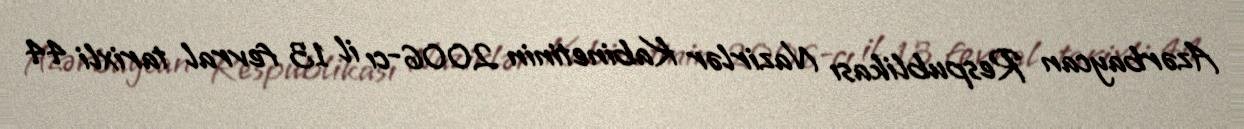
Azərbaycan Respublikası Nazirlər Kabinetinin 2006-cı il 13 fevral tarixli 44